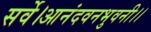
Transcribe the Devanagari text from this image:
सर्वे।आनंदवनभुवनी।।